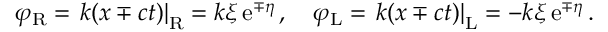
\varphi _ { \mathrm { R } } = \left. k ( x \mp c t ) \right| _ { \mathrm { R } } = k \xi \, \mathrm { e } ^ { \mp \eta } \, , \quad \varphi _ { \mathrm { L } } = \left. k ( x \mp c t ) \right| _ { \mathrm { L } } = - k \xi \, \mathrm { e } ^ { \mp \eta } \, .